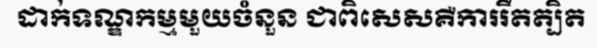
ដាក់ទណ្ឌកម្មមួយចំនួន ជាពិសេសគឺការរឹតត្បិត